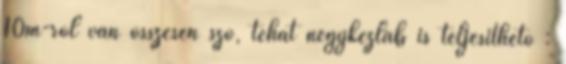
10m-ről van összesen szó, tehát négykézláb is teljesíthető :